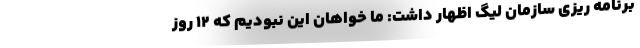
برنامه ریزی سازمان لیگ اظهار داشت: ما خواهان این نبودیم که 12 روز